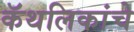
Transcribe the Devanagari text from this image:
कॅथलिकांचे